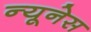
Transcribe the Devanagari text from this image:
न्यूनेस